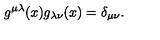
g ^ { \mu \lambda } ( x ) g _ { \lambda \nu } ( x ) = \delta _ { \mu \nu } .